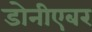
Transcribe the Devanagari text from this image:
डोनीएबर